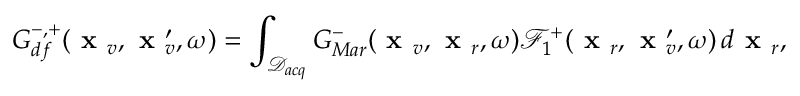
G _ { d f } ^ { - , + } ( \textbf { x } _ { v } , \textbf { x } _ { v } ^ { \prime } , \omega ) = \int _ { \mathcal { D } _ { a c q } } G _ { M a r } ^ { - } ( \textbf { x } _ { v } , \textbf { x } _ { r } , \omega ) \mathcal { F } _ { 1 } ^ { + } ( \textbf { x } _ { r } , \textbf { x } _ { v } ^ { \prime } , \omega ) \, d \textbf { x } _ { r } ,